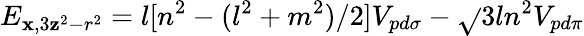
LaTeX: E_{\mathbf{x},3\mathbf{z}^{2}-r^{2}}=l[n^{2}-(l^{2}+m^{2})/2]V_{pd\sigma}-{\sqrt{}{{3}}}ln^{2}V_{pd\pi}